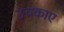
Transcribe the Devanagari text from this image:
उचकाए